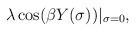
LaTeX: \begin{align*}\lambda\cos (\beta Y(\sigma))|_{\sigma =0}, \end{align*}